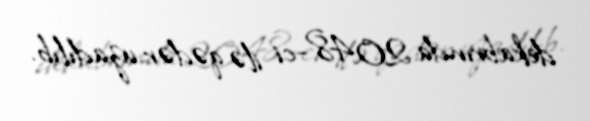
dekabrında 2048-ci ilə qədər uzadılıb.